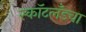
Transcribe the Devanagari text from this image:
स्कॉटलँडचा